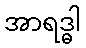
အာရဒ္ဓါ